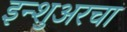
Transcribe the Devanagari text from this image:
इन्‍शुअरचा